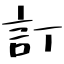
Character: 訂